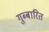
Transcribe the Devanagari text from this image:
गुब्बारित